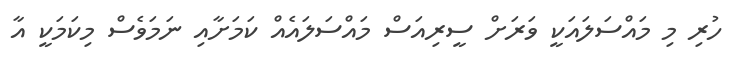
ހުރި މި މައްސަލައަކީ ވަރަށް ސީރިއަސް މައްސަލައެއް ކަމަށާއި ނަމަވެސް މިކަމަކީ އާ